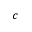
c